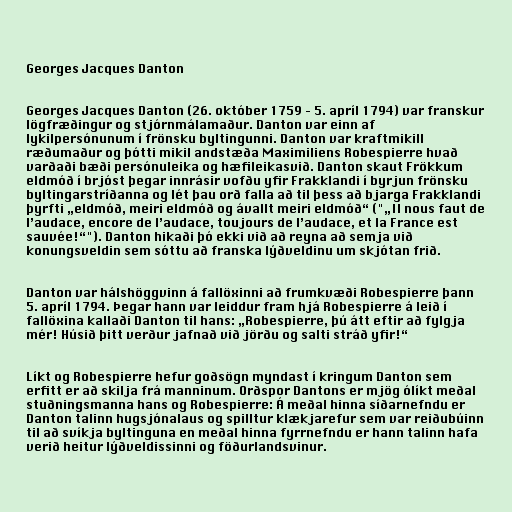
Georges Jacques Danton

Georges Jacques Danton (26. október 1759 – 5. apríl 1794) var franskur
lögfræðingur og stjórnmálamaður. Danton var einn af
lykilpersónunum í frönsku byltingunni. Danton var kraftmikill
ræðumaður og þótti mikil andstæða Maximiliens Robespierre hvað
varðaði bæði persónuleika og hæfileikasvið. Danton skaut Frökkum
eldmóð í brjóst þegar innrásir vofðu yfir Frakklandi í byrjun frönsku
byltingarstríðanna og lét þau orð falla að til þess að bjarga Frakklandi
þyrfti „eldmóð, meiri eldmóð og ávallt meiri eldmóð“ ("„Il nous faut de
l’audace, encore de l’audace, toujours de l’audace, et la France est
sauvée!“"). Danton hikaði þó ekki við að reyna að semja við
konungsveldin sem sóttu að franska lýðveldinu um skjótan frið.

Danton var hálshöggvinn á fallöxinni að frumkvæði Robespierre þann
5. apríl 1794. Þegar hann var leiddur fram hjá Robespierre á leið í
fallöxina kallaði Danton til hans: „Robespierre, þú átt eftir að fylgja
mér! Húsið þitt verður jafnað við jörðu og salti stráð yfir!“

Líkt og Robespierre hefur goðsögn myndast í kringum Danton sem
erfitt er að skilja frá manninum. Orðspor Dantons er mjög ólíkt meðal
stuðningsmanna hans og Robespierre: Á meðal hinna síðarnefndu er
Danton talinn hugsjónalaus og spilltur klækjarefur sem var reiðubúinn
til að svíkja byltinguna en meðal hinna fyrrnefndu er hann talinn hafa
verið heitur lýðveldissinni og föðurlandsvinur.